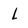
Character: l